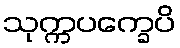
သုက္ကပက္ခေပိ